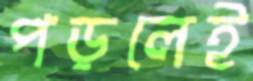
পড়লেই